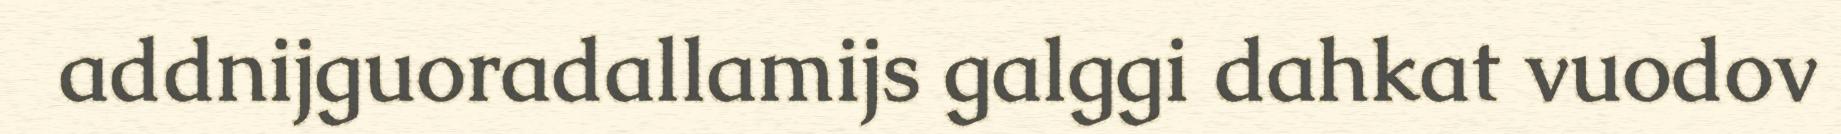
addnijguoradallamijs galggi dahkat vuodov